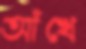
আঁখে